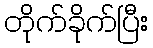
တိုက်ခိုက်ပြီး